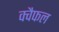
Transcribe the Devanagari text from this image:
क्वैफल